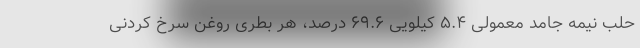
حلب نیمه جامد معمولی ۵.۴ کیلویی ۶۹.۶ درصد، هر بطری روغن سرخ کردنی